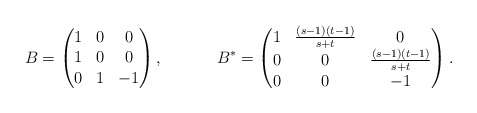
\begin{align*} B &= \begin{pmatrix} 1 & 0 & 0 \\ 1 & 0 & 0 \\ 0 & 1 & -1 \end{pmatrix},& B^* &= \begin{pmatrix} 1 & \frac{(s-1)(t-1)}{s+t} & 0 \\ 0 & 0 & \frac{(s-1)(t-1)}{s+t} \\ 0 & 0 & -1 \end{pmatrix}.\end{align*}